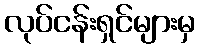
လုပ်ငန်းရှင်များမှ